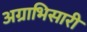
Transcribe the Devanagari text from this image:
अग्राभिसारी